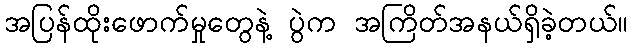
အပြန်ထိုးဖောက်မှုတွေနဲ့ ပွဲက အကြိတ်အနယ်ရှိခဲ့တယ်။